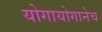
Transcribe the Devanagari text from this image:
योगायोगानेच